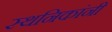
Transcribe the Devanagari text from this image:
स्थनिकांनी